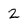
Character: 2